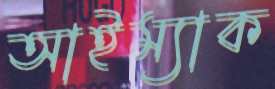
আইম্যাক